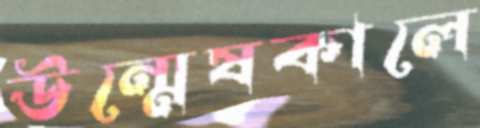
উন্মেষকালে